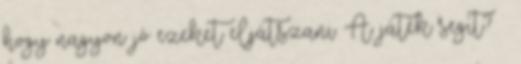
hogy nagyon jó ezeket eljátszani. A játék segít? –